Vaccination in Bombay 1902-1912 - 1902-1912
Year: 1902
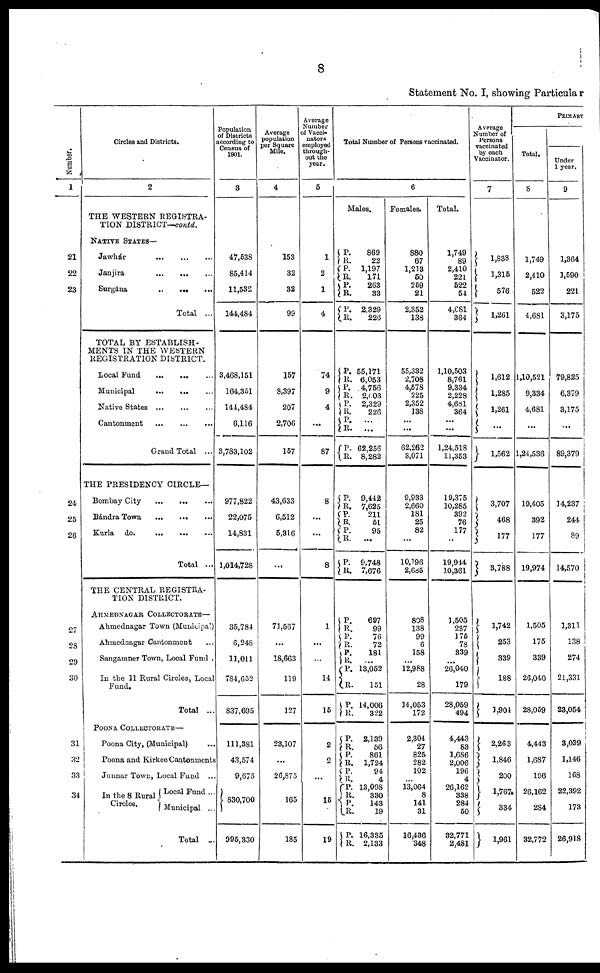
8
Statement No. I, showing Particular
Number.
1
21
22
23
24
25
26
27
28
29
30
31
32
33
34
Circles and Districts.
2
THE WESTERN REGISTRA-
TION DISTRICT—contd.
NATIVE STATES—
Jawhár
...
...
...
Janjira
...
...
...
Surgána ... ... ...
Total ...
TOTAL BY ESTABLISH-
MENTS IN THE WESTERN
REGISTRATION DISTRICT.
Local Fund
...
...
...
Municipal ... ... ...
Native States
...
...
...
Cantonment
...
...
...
Grand Total ...
THE PRESIDENCY CIRCLE—
Bombay City ... ... ...
Bándra Town
...
...
...
Kurla do.
...
...
...
Total ...
THE CENTRAL REGISTRA-
TION DISTRICT.
AHMEDNAGAR COLLECTORATE—
Ahmednagar Town (Municipal)
Ahmednagar Cantonment ...
Sangamner Town, Local Fund .
In the 11 Rural Circles, Local
Fund.
Total ...
POONA COLLECTORATE—
Poona City, (Municipal) ...
Poona and Kirkee Cantonments
Junnar Town, Local Fund ...
In the 8 Rural
Circles.
Local Fund ...
Municipal ...
Total ...
Population
of Districts
according to
Census of
1901.
3
47,538
85,414
11,532
144,484
3,468,151
164,351
144,484
6,116
3,783,102
977,822
22,075
14,831
1,014,728
35,784
6,248
11,011
784,652
837,695
111,381
43,574
9,675
830,700
995,330
Average
population
per Square
Mile.
4
153
32
32
99
157
8,397
207
2,706
157
43,633
6,512
5,316
...
71,567
...
18,663
119
127
23,107
...
26,875
165
185
Average
Number
of Vacci-
nators
employed
through-
out the
year.
5
1
2
1
4
74
9
4
...
87
8
...
...
8
1
...
...
14
15
2
2
...
15
19
Total Number of Persons vaccinated.
6
Males.
P.
R.
P.
R.
P.
R.
P.
R.
P.
R.
P.
R.
P.
R.
P.
R.
P.
R.
P.
R.
P.
R.
P.
R.
P.
R.
P.
R.
P.
R.
P.
R.
P.
R.
P.
R.
P.
R.
P.
R.
P.
R.
P.
R.
P.
R.
P.
R.
869
22
1,197
171
263
33
2,329
226
55,171
6,053
4,756
2,003
2,329
226
...
...
62,256
8,282
9,442
7,625
211
51
95
...
9,748
7,676
697
99
76
72
181
...
13,052
151
14,006
322
2,139
56
861
1,724
94
4
13,098
330
143
19
16,335
2,133
Females.
880
67
1,213
50
259
21
2,352
138
55,332
2,708
4,578
225
2,352
138
...
...
62,262
3,071
9,933
2,660
181
25
82
...
10,196
2,685
808
138
99
6
158
...
12,988
28
14,053
172
2,304
27
825
282
102
... 13,064
8
141
31
16,436
348
Total.
1,749
89
2,410
221
522
54
4,681
364
1,10,503
8,761
9,334
2,228
4,681
364
...
...
1,24,518
11,353
19,375
10,285
392
76
177
...
19,944
10,361
1,505
237
175
78
339
...
26,040
179
28,059
494
4,443
83
1,686
2,006
196
4
26,162
338
284
50
32,771
2,481
Average
Number of
Persons
vaccinated
by each
Vaccinator.
7
1,838
1,315
576
1,261
1,612
1,285
1,261
...
1,562
3,707
468
177
3,788
1,742
253
339
188
1,904
2,263
1,846
200
1,767
334
1,961
PRIMARY
Total.
8
1,749
2,410
522
4,681
1,10,521
9,334
4,681
...
1,24,536
19,405
392
177
19,974
1,505
175
339
26,040
28,059
4,443
1,687
196
26,162
284
32,772
Under
1 year.
9
1,364
1,590
221
3,175
79,825
6,379
3,175
...
89,379
14,237
244
89
14,570
1,311
138
274
21,331
23,054
3,039
1,146
168
22,392
173
26,918